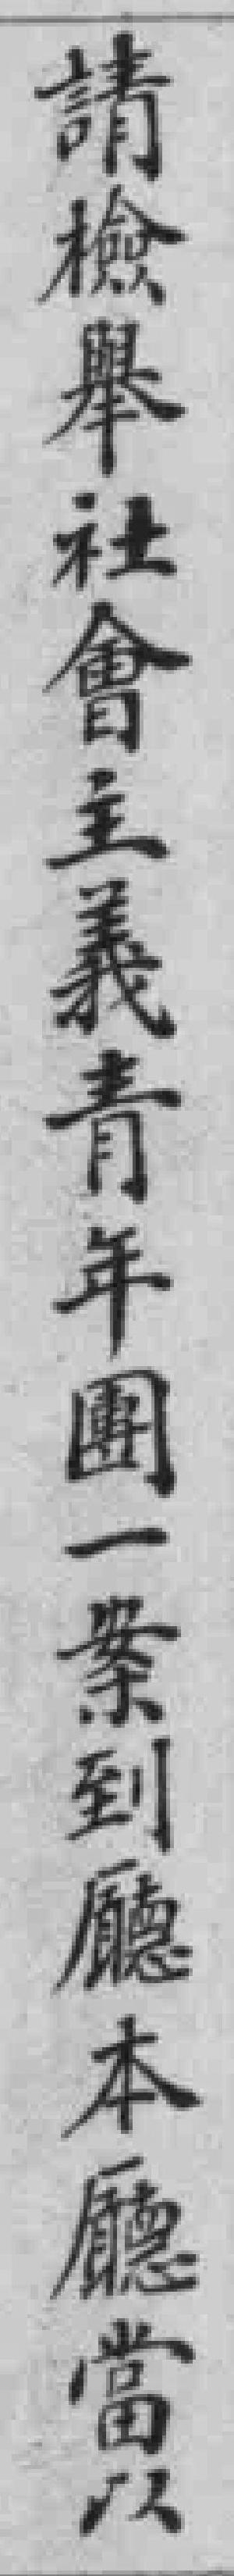
請檢舉社會主義青年團一案到廳本廳當以